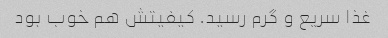
غذا سریع و گرم رسید. کیفیتش هم خوب بود